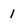
Character: 1